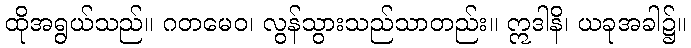
ထိုအရွယ်သည်။ ဂတမေဝ၊ လွန်သွားသည်သာတည်း။ ဣဒါနိ၊ ယခုအခါ၌။